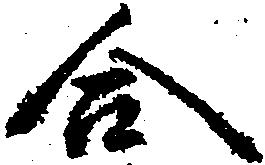
合